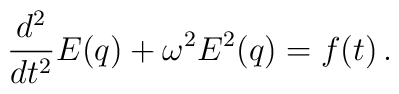
\frac{d^2}{dt^2}E(q) +  \omega^{2}E^{2}(q)=  f(t)  \, .